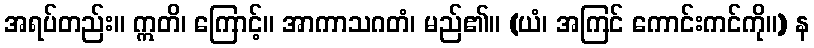
အရပ်တည်း။ ဣတိ၊ ကြောင့်။ အာကာသဂတံ၊ မည်၏။ (ယံ၊ အကြင် ကောင်းကင်ကို။) န